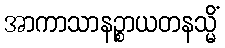
အာကာသာနဉ္စာယတနသ္မိံ